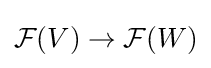
{\mathcal {F}}(V)\rightarrow {\mathcal {F}}(W)